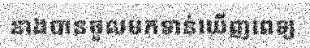
នាងបានចូលមកទាន់ឃើញពេទ្យ